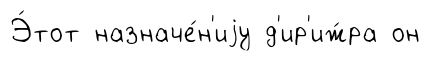
Э́тот назначе́н'иjу д'ир'иж́ра он